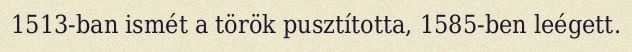
1513-ban ismét a török pusztította, 1585-ben leégett.